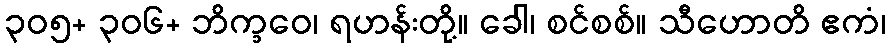
၃၀၅+ ၃၀၆+ ဘိက္ခဝေ၊ ရဟန်းတို့။ ခေါ၊ စင်စစ်။ သီဟောတိ ဧကံ၊